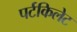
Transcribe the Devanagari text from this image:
पर्टकिलेट